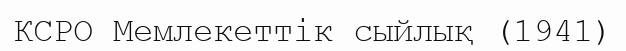
КСРО Мемлекеттік сыйлық (1941)